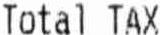
TOTAL TAX